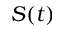
S ( t )